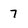
Character: 7